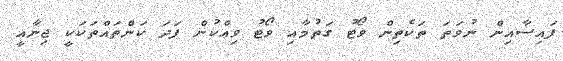
ފައިސާއިން ނުވަތަ ތަކެތިން ވޯޓު ގަތުމާއި ވޯޓު ވިއްކުން ފަދަ ކަންތައްތަކަކީ ޖިނާއީ